Vaccination in Bombay 1869-1873 - 1869-1873
Year: 1869
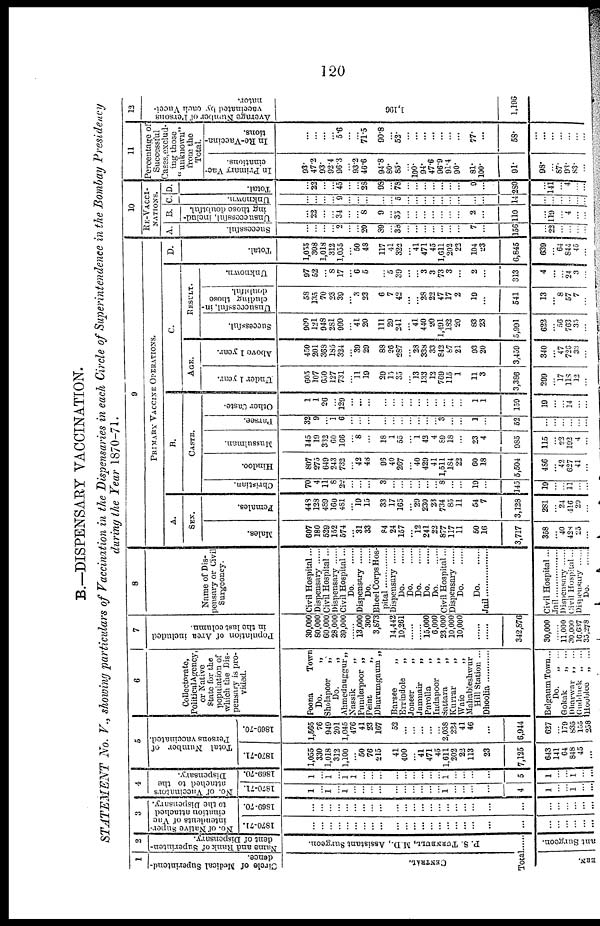
120
B.—DISPENSARY VACCINATION.
STATEMENT No. V., showing particulars of Vaccination in the Dispensaries in each Circle of Superintendence in the Bombay Presidency
during the Year 1870-71.
1
Circle of Medical Superintend¬
dence.
CENTRAL.
Total
ERN.
2
Name and Rank of Superinten-
dent of Dispensary.
P. S. TURNBULL. M.D., Assistant Surgeon.
......
ant Surgeon.
3
No. of Native Super-
intendents of Vac
cination attached
to the Dispensary.
1870-71.
...
... ...
...
...
...
...
...
...
...
...
...
...
...
...
...
...
...
...
...
...
...
... ...
...
...
...
1869-70.
...
... ...
...
...
...
...
...
...
...
...
...
...
...
...
...
...
...
...
...
...
...
... ...
...
...
...
4
No. of Vaccinators
attached to the
Dispensary.
1870-71.
1
...
1
...
1
...
...
...
...
...
...
...
...
...
...
1
...
...
...
...
4
1
... ...
1
...
...
1869-70.
1
... 1
...
1
1
...
...
...
...
...
...
...
...
...
1
...
...
...
...
5
1
... ...
1
...
...
5
Total Number of
Persons vaccinated.
1870-71.
1,055
330
1,018
312
1,100
...
50
76
215
41
400
...
41
471
45
1,611
202
22
113
23
7,125
643
141
64
848
45
...
1869-70.
1,565
76
949
201
1,045
476
41
23
167
52
...
...
...
...
...
2,038
224
41
46
...
6,944
627
... 179
835
155
258
6
Collectorate,
PoliticalAgency,
or Native
State for the
population of
which the Dis-
pensary is pro-
vided.
Poona
Town
Do. „
Sholapoor
„
Do. „
Ahmednuggur„
Nassik
„
Punderpoor „
Peint
„
Dhurumgaum „
Barsee
„
Errindole
„
Joneer
„
Jamnair
„
Parolla
„
Indapoor
„
Sattara
„
Kurrar
„
Waie
„
Mahableshwur
Hill Station ...
Dhoolia............
BelgaumTown...
Do. „ ...
Gokak
„ ...
Dharwar „ ...
Gudduck „ ...
Hooblee „ ...
7
Population of Area included
in the last column.
30,000
80,000
60,000
28,000
39,000
......
13,000
300
3,873
14,442
10,261
......
......
15,000
6,000
23,000
10,000
10,000
......
......
342,876
30,000
...... 11,000
30,000
16,637
35,278
8
Name of Dis-
pensary or Civil
Surgeoncy.
Civil Hospital ...
Dispensary ......
Civil Hospital...
Dispensary ......
Civil Hospital...
Do. ......
Dispensary ......
Do. ......
Bheel Corps Hos¬
pital .....................
Dispensary ......
Do. ......
Do. ......
Do. ......
Do
Do. ......
Civil Hospital...
Dispensary ......
Do. ......
Do. ......
...
Civil Hospital...
Jail.................. Dispensary ......
Civil Hospital ...
Dispensary ......
Do.
......
9
PRIMARY VACCINE OPERATIONS.
A.
SEX.
Males.
607
180
529
152
574
...
31
33
84
24
157
...
12
241
22
877
117
11
50
16
3,717
358
... 40
428
25
...
Females.
448
128
489
160
481
...
19
15
33
17
165
...
29
230
23
734
85
11
54
7
3,128
281
... 24
416
29
...
B.
CASTE.
Christian.
70
4
11
8
22
...
...
...
3
...
...
...
...
...
...
8
...
...
19
...
145
19
... ...
11
...
...
Hindoo.
807
275
649
243
732
...
42
48
96
40
267
...
40
429
41
1,511
184
22
60
18
5,504
486
... 42
627
41
...
Mussulman.
145
19
332
60
166
...
8
...
18
1
55
...
1
42
4
89
18
...
23
4
985
115
... 22
192
4
...
Parsee.
32
9
...
1
6
...
...
...
...
...
...
...
...
...
...
3
...
...
1
...
52
...
... ...
...
...
...
Other Caste.
1
1
26
...
129
...
...
...
...
...
...
...
...
...
...
...
...
...
1
1
159
19
... ...
14
...
...
C.
AGE.
Under 1 year.
605
107
650
127
731
...
11
19
29
15
35
...
13
133
12
769
115
1
11
3
3,386
299
... 17
118
12
...
Above 1 year.
450
201
363
185
324
...
39
29
88
26
287
...
28
338
33
842
87
21
93
20
3,459
340
... 47
726
33
...
RESULT.
Successful.
900
121
948
281
999
...
41
20
111
29
241
...
41
440
20
1,491
182
20
83
23
5,991
622
... 56
763
35
...
Unsuccessful, in-
cluding those
doubtful.
58
135
70
23
39
...
3
23
6
7
42
...
...
28
22
47
17
2
19
...
541
13
... 8
57
7
...
Unknown.
97
52
...
8
17
...
6
5
...
5
39
...
...
3
3
73
3
...
2
...
313
4
... ...
24
3
...
D.
Total.
1,055
308
1,018
312
1,055
...
50
48
117
41
322
...
41
471
45
1,611
202
22
104
23
6,845
639
... 64
844
45
...
10
RE-VACCI¬
NATIONS.
A.
Successful.
...
...
...
...
2
...
...
20
89
...
38
...
...
...
...
...
...
...
7
...
156
...
22
... ...
...
...
B.
Unsuccessful, includ-
ing those doubtful.
...
22
...
...
34
...
...
8
9
...
33
...
...
...
...
...
...
...
2
...
110
...
119
...
4
...
...
C.
Unknown.
...
...
...
...
9
...
...
...
...
...
5
...
...
...
...
...
...
...
...
...
14
...
...
...
...
...
...
D.
Total.
...
22
...
...
45
...
...
28
98
...
78
...
...
...
...
...
...
...
9
...
280
...
141
...
4
... ...
11
Percentage of
Successful
Cases,exclud¬
ing those
"unknown"
from the
Total.
In Primary Vac-
cinations.
93.
47.2
93.
92.4
96.3
...
93.2
46.6
94.8
80.
85.
...
100. 94.
47.6
96.9
91.4
90.
81.
100.
91.
98.
...
87.
93.
83.
...
In Re-Vaccina¬
tions.
...
...
...
...
5.6
...
...
71.5
90.8
...
52.
...
...
...
...
...
...
...
77.
...
58.
...
...
...
...
...
...
12
Average Number of Persons
vaccinated by each Vacci¬
nator.
1,196
1,196